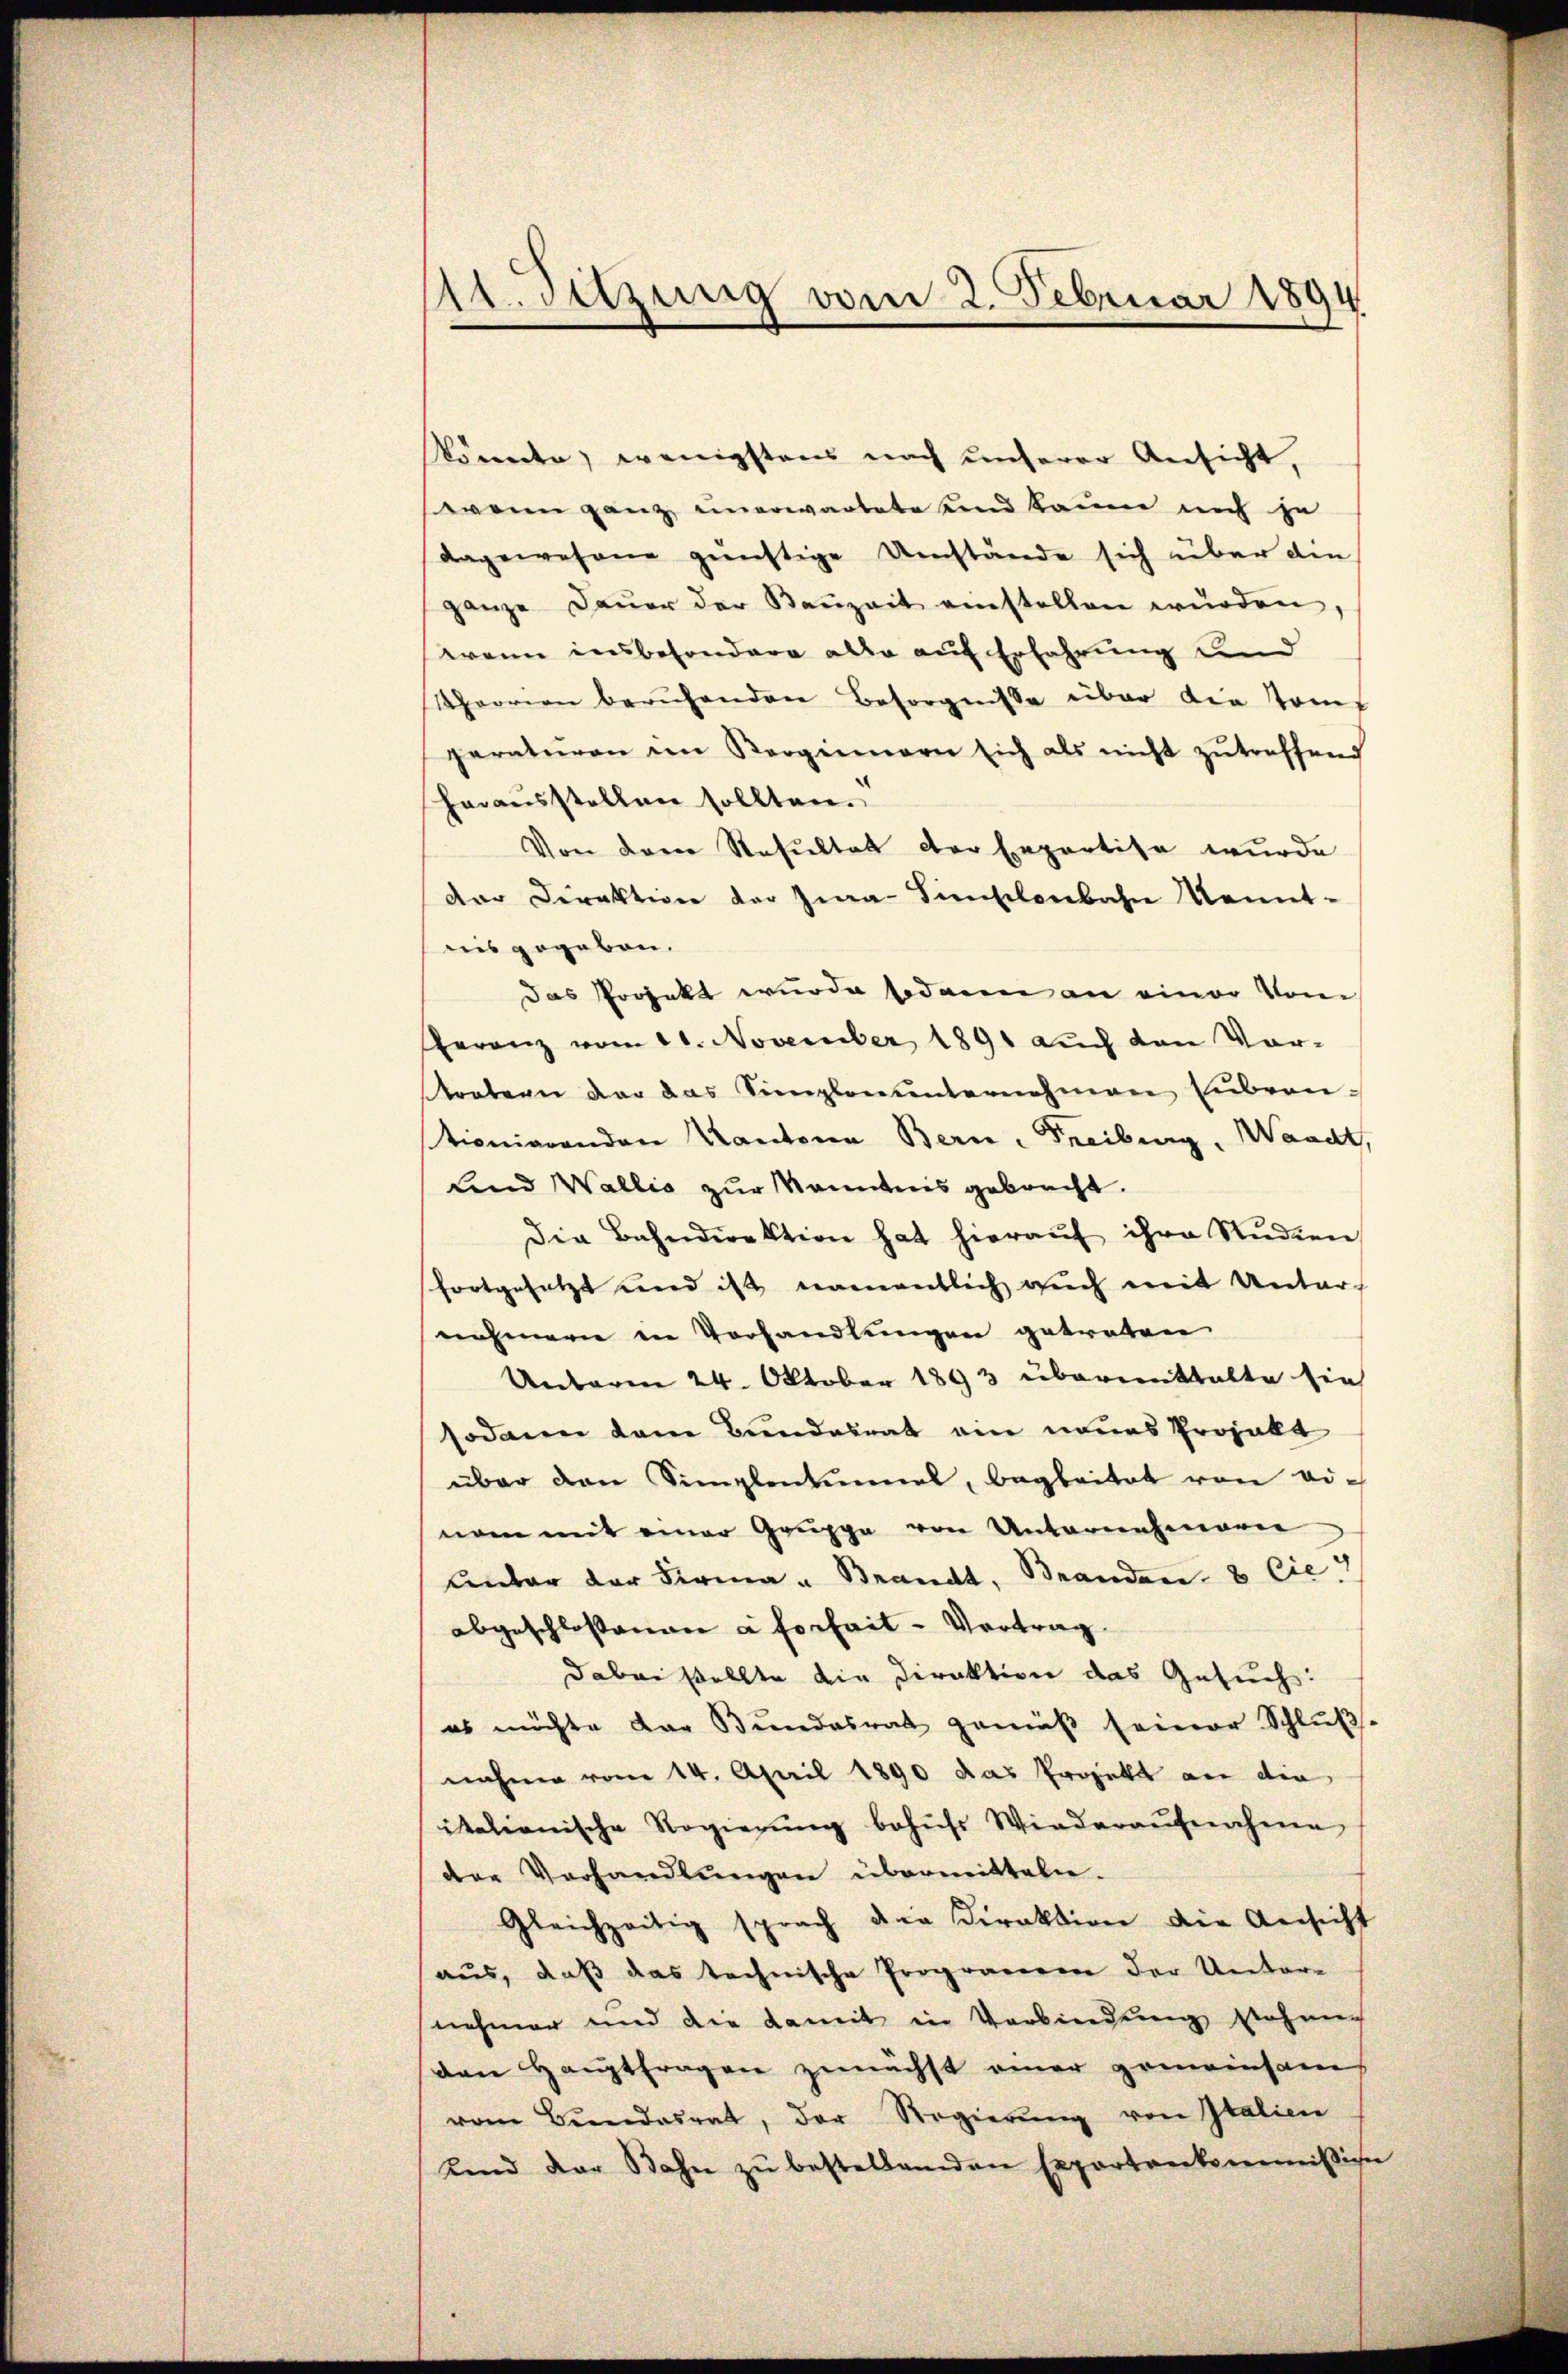
t. Sitzung vom 2. Februar 1894

Könnte, wenigstens nach unserer Ansicht,
wenn ganz unerwartete und kaum noch zu
dagewesene günstige Umstände sich über die
ganze Daŭer der Kanzeit einstellen würden,
wann insbesondere alle auf Erfahrung und
Theorien beruhenden Besorgnisse über die Toms
paraturen im Verginnern sich als nicht zŭtreffend
herausstellen sollten.
Von dem Resultat der Expertise wurde
der Direktion der Jwa- Dienschenbahn Kennt-
lis gegeben.
Das Projekt wurde sodann an einer vom
feranz vom 21. November 1891 auch den Vor-
tretern der das Simplonŭnternehmen Hubern
tionierenden Kantonen Bern. Freiburg, Waadt,
Land Wallis zur Kenntnis gebracht.
Die Bahndirektion hat hieraŭf ihre Studien
fortgesetzt und ist namentlich auch mit Unter-
nehmern in Verhandlungen getreten.
Umbaren 24. Oktober 1893 übermittalte sie
sodann dem Bundesrat ein neues Projekt
über den Simplentinnal, begleitet von ei-
nam mit einer Gruppe von Unternehmerie
Unter der Firma " Brandt, Branden 8 Cie
abgeschlossenen à forheit - Vortrag
dabei stellte die Direktion das Gesuch:
es möchte dar Bundesrat gemäβ seiner Schlŭβ
nahme vom 14. April 1890 das Projekt an die
italionische Regierung behufs Wiederaufnahme
der Verhandlŭngen übermitteln.
Gleichzeitig sprach die Direktion die Ansicht
aus, daß das technische Programeren der Unternehmer und die damit in Verbindung stehen
den Hauptfragen zunächst einer gemeinsam
vom Bŭndesrat, der Regierŭng von Italien
ŭnd der Bahn zŭ bestellenden Exportantermission